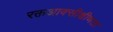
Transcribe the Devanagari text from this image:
रक्तआक्सीक्षीणता